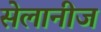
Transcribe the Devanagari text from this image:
सेलानीज